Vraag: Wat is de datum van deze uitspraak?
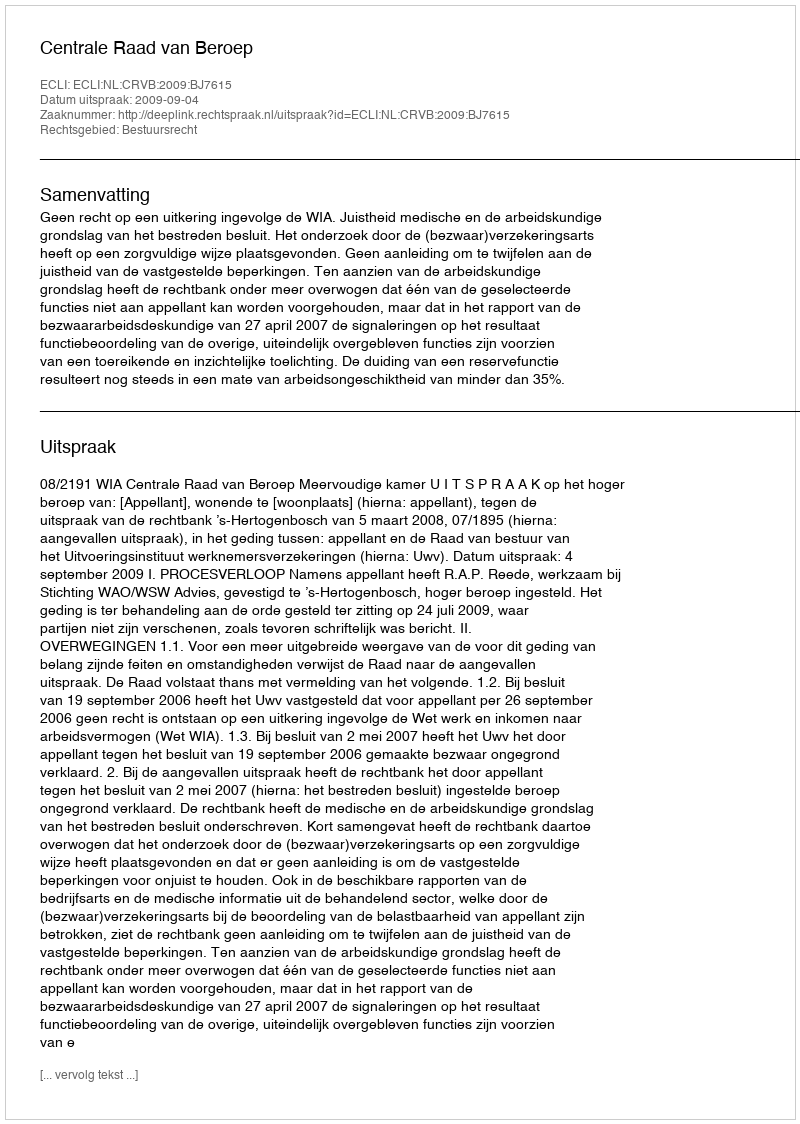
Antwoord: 2009-09-04